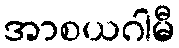
အာစယဂါမီ